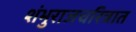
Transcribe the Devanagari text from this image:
शंभुराजचरित्रात